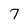
Character: 7